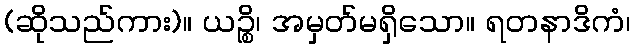
(ဆိုသည်ကား)။ ယဉ္စိ၊ အမှတ်မရှိသော။ ရတနာဒိကံ၊